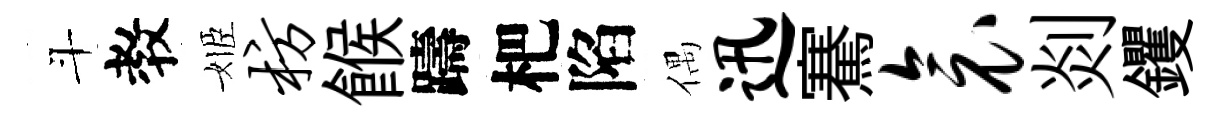
斗教姬枋餱躊杷陷偶迅騫衾剡钁